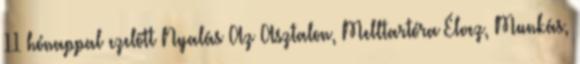
11 hónappal ezelőtt Nyalás Az Asztalon, Melltartóra Élvez, Munkás,